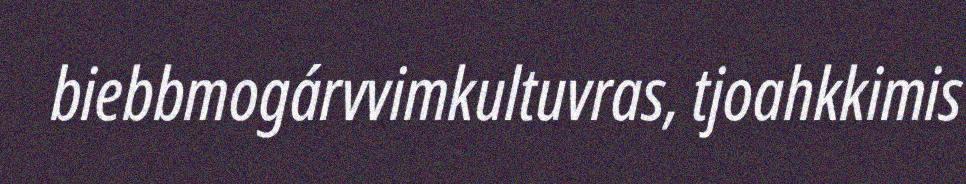
biebbmogárvvimkultuvras, tjoahkkimis